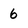
Character: 6